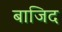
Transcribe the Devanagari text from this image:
बाजिद